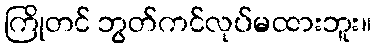
ကြိုတင် ဘွတ်ကင်လုပ်မထားဘူး။